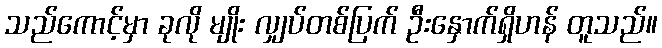
သည်ကောင့်မှာ ခုလို မျိုး လျှပ်တစ်ပြက် ဦးနှောက်ရှိဟန် တူသည်။